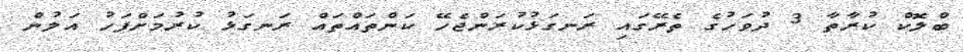
ބްލޮކް ކުރާތާ 3 ދުވަހުގެ ތެރޭގައި ރަނގަޅުކުރަންޖެހޭ ކަންތައްތައް ރަނގަޅު ކުރުމަށްފަހު އަލުން